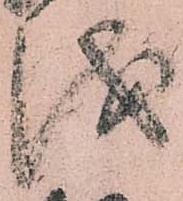
儀